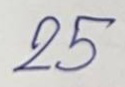
25